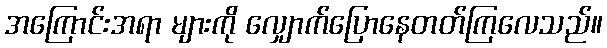
အကြောင်းအရာ များကို လျှောက်ပြောနေတတ်ကြလေသည်။